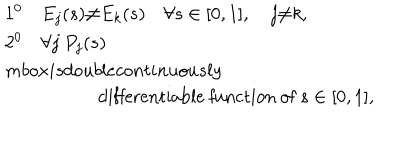
\begin{array} { l } { { 1 ^ { 0 } \quad E _ { j } ( s ) { \neq } E _ { k } ( s ) \quad \forall s \in [ 0 , 1 ] , \quad j { \neq } k , } } \\ { { 2 ^ { 0 } \quad \forall j \ P _ { j } ( s ) } } \\ { { m b o x { i s d o u b l e c o n t i n u o u s l y } } } \\ { { \qquad \qquad \quad \mathrm { d i f f e r e n t i a b l e ~ f u n c t i o n ~ o f } \ s \in [ 0 , 1 ] , } } \\ \end{array}